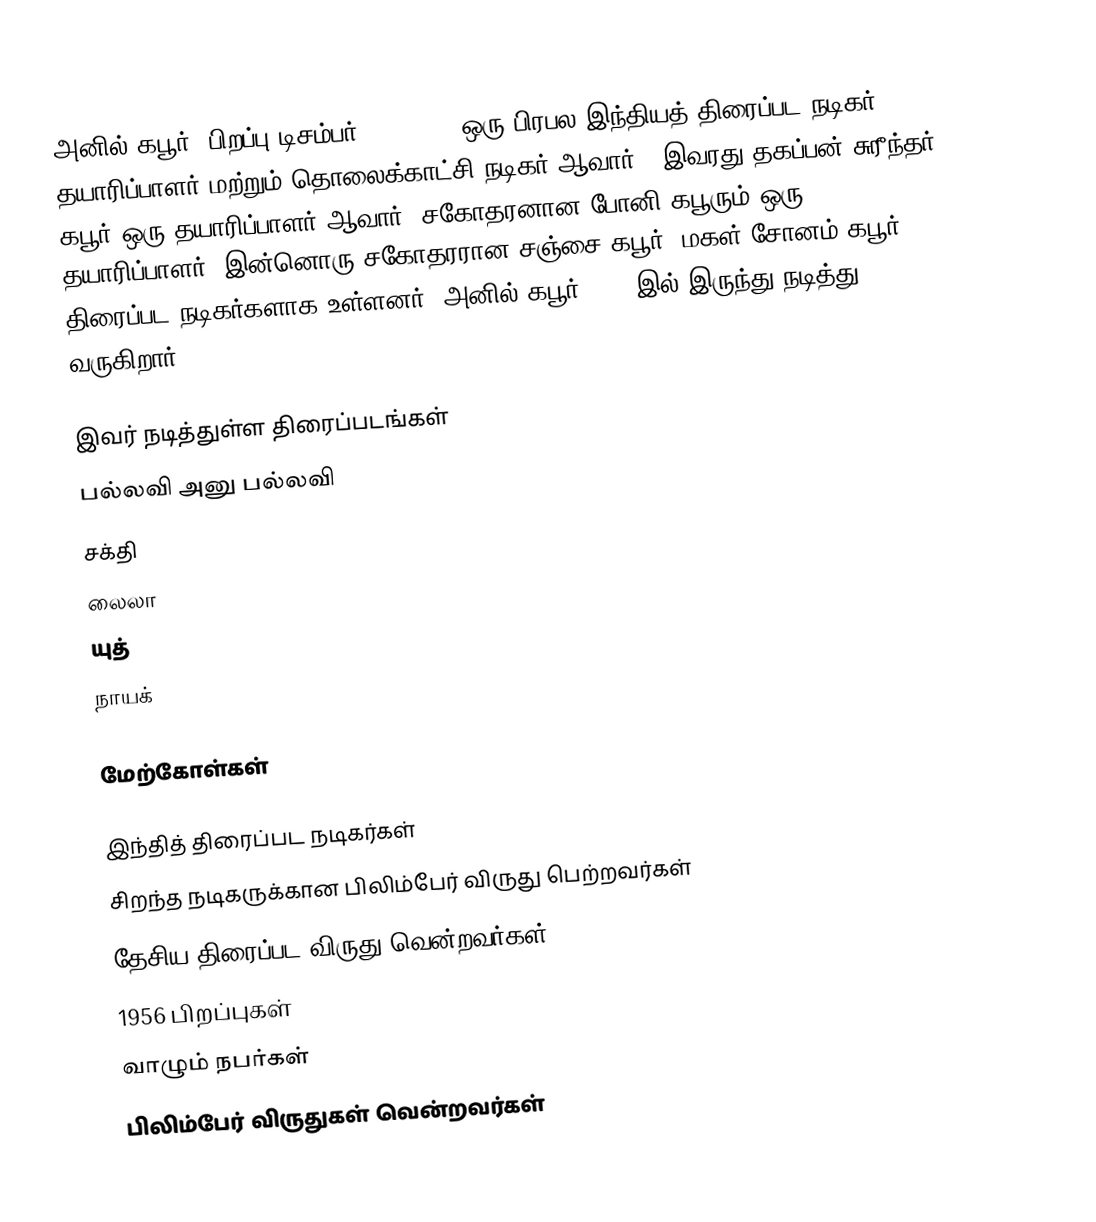
அனில் கபூர் (பிறப்பு டிசம்பர் 24, 1959) ஒரு பிரபல இந்தியத் திரைப்பட நடிகர், தயாரிப்பாளர் மற்றும் தொலைக்காட்சி நடிகர் ஆவார் .  இவரது தகப்பன் சுரீந்தர் கபூர் ஒரு தயாரிப்பாளர் ஆவார். சகோதரனான போனி கபூரும் ஒரு தயாரிப்பாளர். இன்னொரு சகோதரரான சஞ்சை கபூர், மகள் சோனம் கபூர் திரைப்பட நடிகர்களாக உள்ளனர். அனில் கபூர் 1979 இல் இருந்து நடித்து வருகிறார்.

இவர் நடித்துள்ள திரைப்படங்கள்
 பல்லவி அனு பல்லவி
 சக்தி
 லைலா
 யுத்
 நாயக்

மேற்கோள்கள்

இந்தித் திரைப்பட நடிகர்கள்
சிறந்த நடிகருக்கான பிலிம்பேர் விருது பெற்றவர்கள்
தேசிய திரைப்பட விருது வென்றவர்கள்
1956 பிறப்புகள்
வாழும் நபர்கள்
பிலிம்பேர் விருதுகள் வென்றவர்கள்